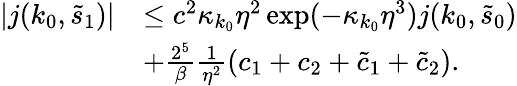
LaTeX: \begin{array}{rl}{\vert j(k_{0},\tilde{s}_{1})\vert}&{\le c^{2}\kappa_{k_{0}}\eta^{2}\exp(-\kappa_{k_{0}}\eta^{3})j(k_{0},\tilde{s}_{0})}\\ &{+\frac{2^{5}}\beta\frac 1{\eta^{2}}(c_{1}+c_{2}+\tilde{c}_{1}+\tilde{c}_{2}).}\end{array}